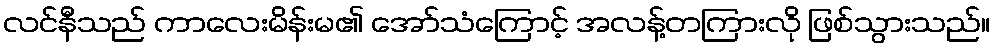
လင်နီသည် ကာလေးမိန်းမ၏ အော်သံကြောင့် အလန့်တကြားလို ဖြစ်သွားသည်။